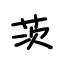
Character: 茨